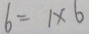
6 = 1 \times 6